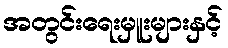
အတွင်းရေးမှူးများနှင့်